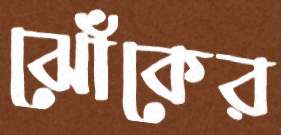
ঝোঁকের